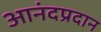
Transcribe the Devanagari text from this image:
आनंदप्रदान